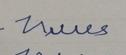
Signature authenticity: forged